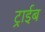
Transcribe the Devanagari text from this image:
ट्राईब